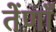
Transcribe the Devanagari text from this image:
तेंणाँ